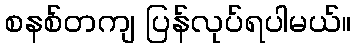
စနစ်တကျ ပြန်လုပ်ရပါမယ်။